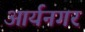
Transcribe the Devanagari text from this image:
आर्यनगर